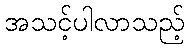
အသင့်ပါလာသည့်